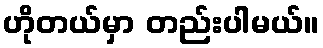
ဟိုတယ်မှာ တည်းပါမယ်။